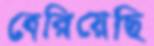
বেরিয়েছি